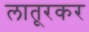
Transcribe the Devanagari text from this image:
लातूरकर